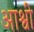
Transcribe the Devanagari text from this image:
आश्वी